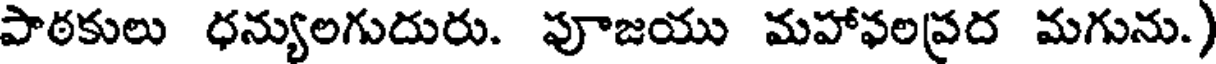
పాఠకులు ధన్యులగుదురు. పూజయు మహాఫలప్రద మగును.)